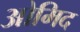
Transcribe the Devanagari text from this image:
ओमिद